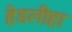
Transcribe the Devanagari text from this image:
हेडलीहा